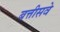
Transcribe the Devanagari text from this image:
बत्तीसवे